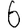
Digit: 6